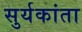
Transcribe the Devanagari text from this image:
सुर्यकांता